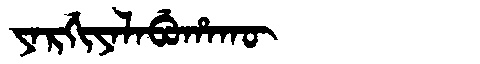
Manchu: ᠶᠠᡵᡤᡳᠶᠠᠯᠠᠪᡠᡥᠠᡴᡡ
Romanization: YARGIYALABUHAKŪ